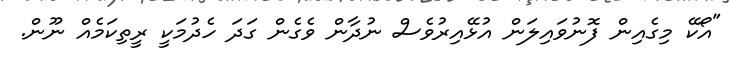
"އޯކޭ މިގެއިން ފޮނުވައިލަން އުޅޭއިރުވެސް ނުދާން ވެގެން ގަދަ ހެދުމަކީ ރީތިކަމެއް ނޫން.